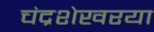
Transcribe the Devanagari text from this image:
चंद्रशेखरया